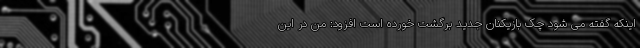
اینکه گفته می شود چک بازیکنان جدید برگشت خورده است افزود: من در این